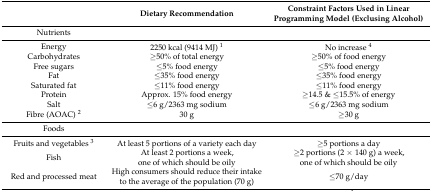
<table><thead><tr><td></td><td><b>Dietary Recommendation</b></td><td><b>Constraint Factors Used in Linear Programming Model (Exclusing Alcohol)</b></td></tr></thead><tbody><tr><td>Nutrients</td><td></td><td></td></tr><tr><td>Energy</td><td>2250 kcal (9414 MJ) <sup>1</sup></td><td>No increase <sup>4</sup></td></tr><tr><td>Carbohydrates</td><td>≥50% of total energy</td><td>≥50% of food energy</td></tr><tr><td>Free sugars</td><td>≤5% food energy</td><td>≤5% food energy </td></tr><tr><td>Fat</td><td>≤35% food energy</td><td>≤35% food energy</td></tr><tr><td>Saturated fat</td><td>≤11% food energy</td><td>≤11% food energy</td></tr><tr><td>Protein</td><td>Approx. 15% food energy</td><td>≥14.5 &amp; ≤15.5% of energy</td></tr><tr><td>Salt</td><td>≤6 g/2363 mg sodium</td><td>≤6 g/2363 mg sodium</td></tr><tr><td>Fibre (AOAC) <sup>2</sup></td><td>30 g</td><td>≥30 g</td></tr><tr><td>Foods</td><td></td><td></td></tr><tr><td>Fruits and vegetables <sup>3</sup></td><td>At least 5 portions of a variety each day</td><td>≥5 portions a day</td></tr><tr><td>Fish</td><td>At least 2 portions a week, one of which should be oily</td><td>≥2 portions (2 × 140 g) a week, one of which should be oily</td></tr><tr><td>Red and processed meat</td><td>High consumers should reduce their intake to the average of the population (70 g)</td><td>≤70 g/day</td></tr></tbody></table>